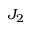
J _ { 2 }